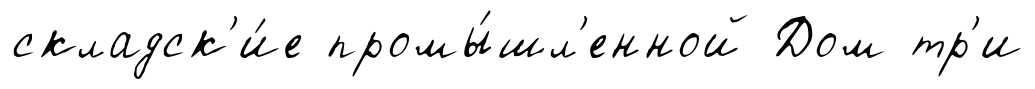
складск'и́е промы́шл'енной Дом тр'и